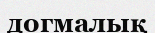
догмалық